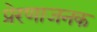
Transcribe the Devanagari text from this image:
प्रेरणाजनक